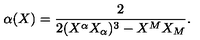
\alpha ( X ) = \frac { 2 } { 2 ( X ^ { \alpha } X _ { \alpha } ) ^ { 3 } - X ^ { M } X _ { M } } .